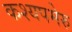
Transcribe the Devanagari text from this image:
कश्यपमेरु